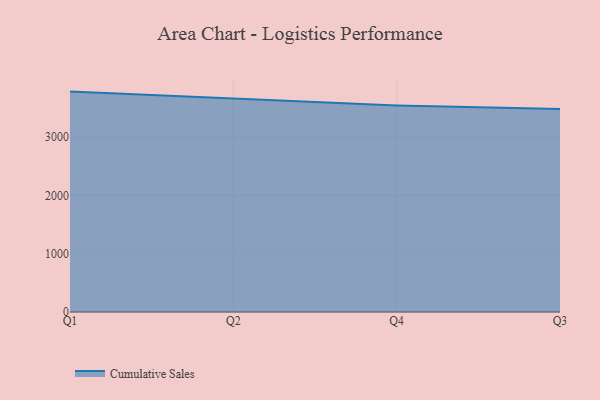
{"axis": {"x": "Quarter", "y": "Page Views"}, "legend": ["Cumulative Sales"], "data": [{"x": "Q1", "y": 3781.4, "type": "Cumulative Sales"}, {"x": "Q2", "y": 3667.5, "type": "Cumulative Sales"}, {"x": "Q4", "y": 3544.1, "type": "Cumulative Sales"}, {"x": "Q3", "y": 3481.9, "type": "Cumulative Sales"}]}